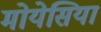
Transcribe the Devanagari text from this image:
मोयेसिया